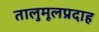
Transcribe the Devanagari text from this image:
तालुमूलप्रदाह